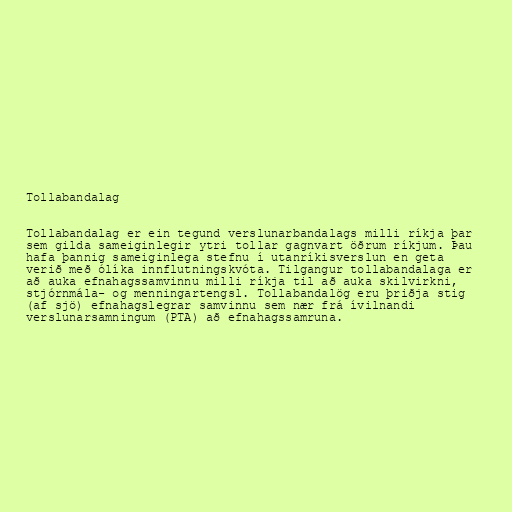
Tollabandalag

Tollabandalag er ein tegund verslunarbandalags milli ríkja þar
sem gilda sameiginlegir ytri tollar gagnvart öðrum ríkjum. Þau
hafa þannig sameiginlega stefnu í utanríkisverslun en geta
verið með ólíka innflutningskvóta. Tilgangur tollabandalaga er
að auka efnahagssamvinnu milli ríkja til að auka skilvirkni,
stjórnmála- og menningartengsl. Tollabandalög eru þriðja stig
(af sjö) efnahagslegrar samvinnu sem nær frá ívilnandi
verslunarsamningum (PTA) að efnahagssamruna.